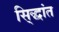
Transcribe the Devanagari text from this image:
सि्द्धांत